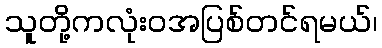
သူတို့ကလုံးဝအပြစ်တင်ရမယ်၊